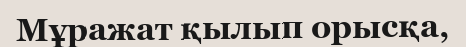
Мұражат қылып орысқа,